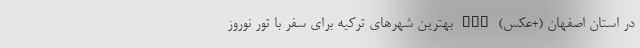
در استان اصفهان (+عکس) nan بهترین شهرهای ترکیه برای سفر با تور نوروز